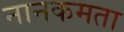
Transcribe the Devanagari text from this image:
नानकमता